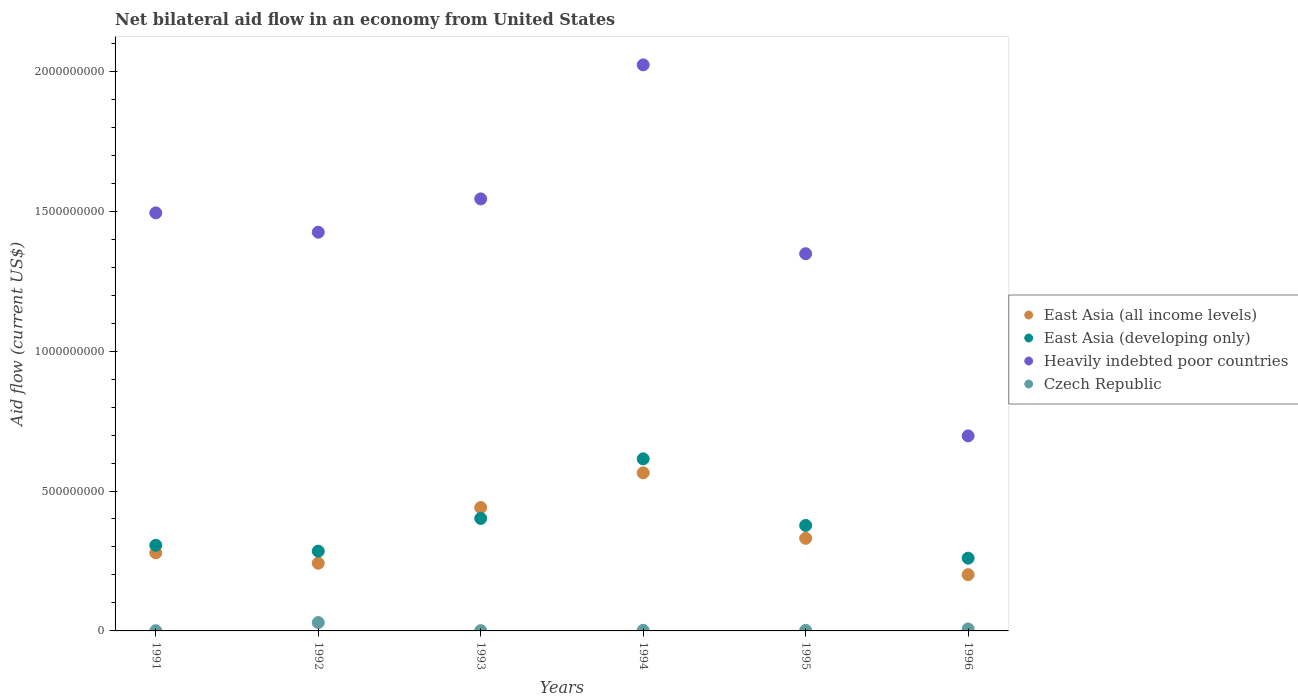
| Years | East Asia (all income levels) | East Asia (developing only) | Heavily indebted poor countries | Czech Republic |
 | --- | --- | --- | --- | --- |
 | 1991 | 2.79e+08 | 3.06e+08 | 1.49e+09 | 7e+05 |
 | 1992 | 2.42e+08 | 2.85e+08 | 1.42e+09 | 3e+07 |
 | 1993 | 4.41e+08 | 4.02e+08 | 1.54e+09 | 1e+06 |
 | 1994 | 5.65e+08 | 6.15e+08 | 2.02e+09 | 2e+06 |
 | 1995 | 3.31e+08 | 3.77e+08 | 1.35e+09 | 2e+06 |
 | 1996 | 2.01e+08 | 2.6e+08 | 6.97e+08 | 7e+06 |